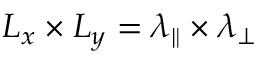
L _ { x } \times L _ { y } = \lambda _ { \parallel } \times \lambda _ { \perp }